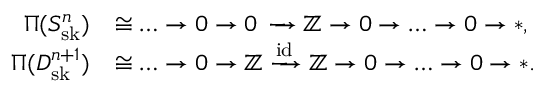
\begin{array} { r l } { \Pi ( S _ { \mathrm { s k } } ^ { n } ) } & { \cong \dots \to 0 \to 0 \, \xrightarrow { \, \, \, \, } \mathbb { Z } \to 0 \to \dots \to 0 \to * , } \\ { \Pi ( D _ { \mathrm { s k } } ^ { n + 1 } ) } & { \cong \dots \to 0 \to \mathbb { Z } \xrightarrow { \mathrm { i d } } \mathbb { Z } \to 0 \to \dots \to 0 \to * . } \end{array}